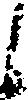
候